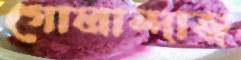
গোলান্দাজ